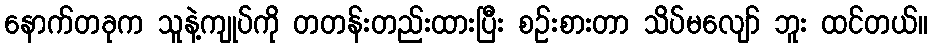
နောက်တခုက သူနဲ့ကျုပ်ကို တတန်းတည်းထားပြီး စဉ်းစားတာ သိပ်မလျော် ဘူး ထင်တယ်။